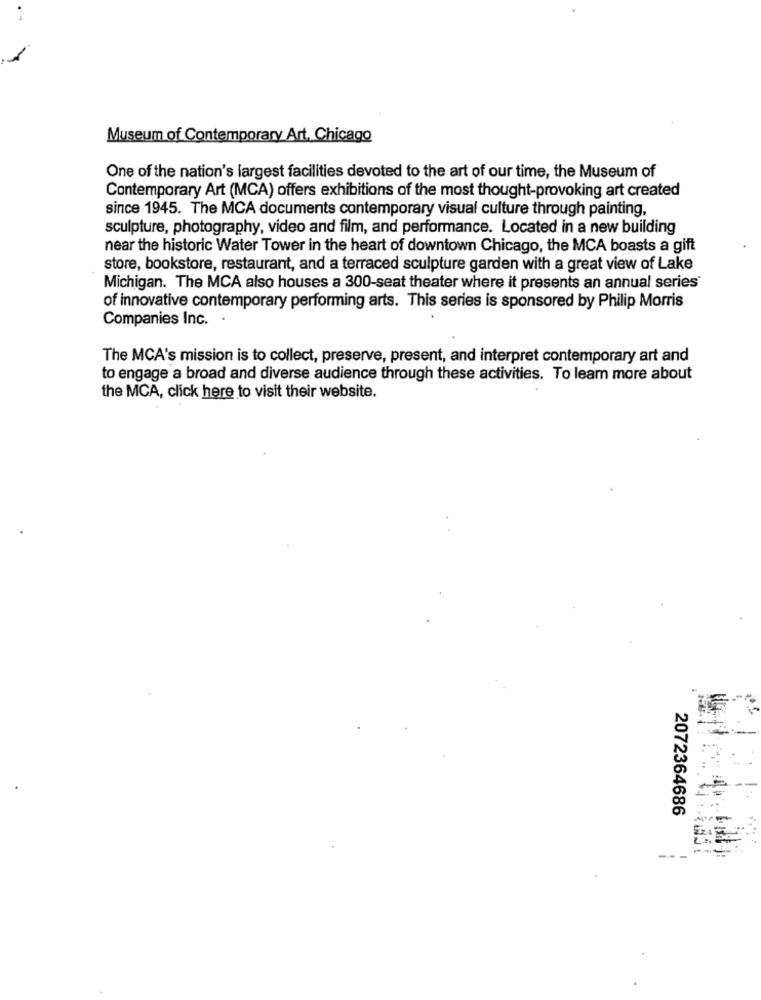
Museum of Contemporary Art. Chicago
One of the nation's largest facilities devoted to the art of our time, the Museum of
Contemporary Art (MCA) offers exhibitions of the most thought-provoking art created
since 1945. The MCA documents contemporary visual culture through painting,
sculpture, photography, video and film, and performance. Located in a new building
near the historic Water Tower in the heart of downtown Chicago, the MCA boasts a gift
store, bookstore, restaurant, and a terraced sculpture garden with a great view of Lake
Michigan. The MCA also houses a 300-seat theater where it presents an annual series
of innovative contemporary performing arts. This series is sponsored by Philip Morris
Companies Inc.
The MCA's mission is to collect, preserve, present, and interpret contemporary art and
to engage a broad and diverse audience through these activities. To learn more about
the MCA, click here to visit their website.
2072364686